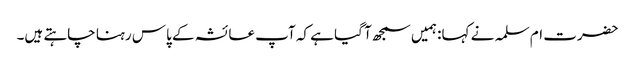
حضرت ام سلمہ نے کہا: ہمیں سمجھ آ گیا ہے کہ آپ عائشہ کے پاس رہنا چاہتے ہیں۔